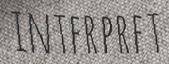
INTERPRET